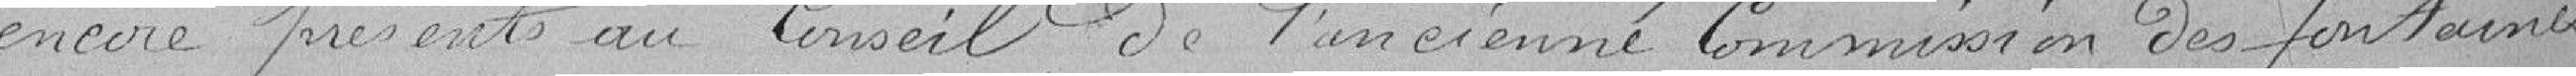
encore présents au Conseil de l'ancienne Commission des fontaines.